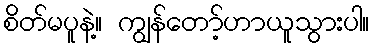
စိတ်မပူနဲ့။ ကျွန်တော့်ဟာယူသွားပါ။